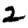
Digit: 2